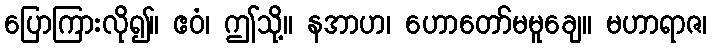
ပြောကြားလို၍။ ဧဝံ၊ ဤသို့။ နအာဟ၊ ဟောတော်မမူချေ။ မဟာရာဇ၊